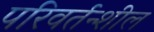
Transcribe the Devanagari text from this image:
परिवर्तन्शील